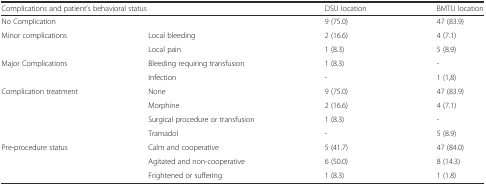
<table><thead><tr><td colspan="2"><b>Complications and patient’s behavioral status</b></td><td><b>DSU location</b></td><td><b>BMTU location</b></td></tr></thead><tbody><tr><td colspan="2">No Complication</td><td>9 (75.0)</td><td>47 (83.9)</td></tr><tr><td rowspan="2">Minor complications</td><td>Local bleeding</td><td>2 (16.6)</td><td>4 (7.1)</td></tr><tr><td>Local pain</td><td>1 (8.3)</td><td>5 (8.9)</td></tr><tr><td rowspan="2">Major Complications</td><td>Bleeding requiring transfusion</td><td>1 (8.3)</td><td>-</td></tr><tr><td>Infection</td><td>-</td><td>1 (1,8)</td></tr><tr><td rowspan="4">Complication treatment</td><td>None</td><td>9 (75.0)</td><td>47 (83.9)</td></tr><tr><td>Morphine</td><td>2 (16.6)</td><td>4 (7.1)</td></tr><tr><td>Surgical procedure or transfusion</td><td>1 (8.3)</td><td>-</td></tr><tr><td>Tramadol</td><td>-</td><td>5 (8.9)</td></tr><tr><td rowspan="3">Pre-procedure status</td><td>Calm and cooperative</td><td>5 (41.7)</td><td>47 (84.0)</td></tr><tr><td>Agitated and non-cooperative</td><td>6 (50.0)</td><td>8 (14.3)</td></tr><tr><td>Frightened or suffering</td><td>1 (8.3)</td><td>1 (1.8)</td></tr></tbody></table>